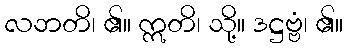
လဘတိ၊ ၏။ ဣတိ၊ သို့။ ဒဋ္ဌဗ္ဗံ၊ ၏။